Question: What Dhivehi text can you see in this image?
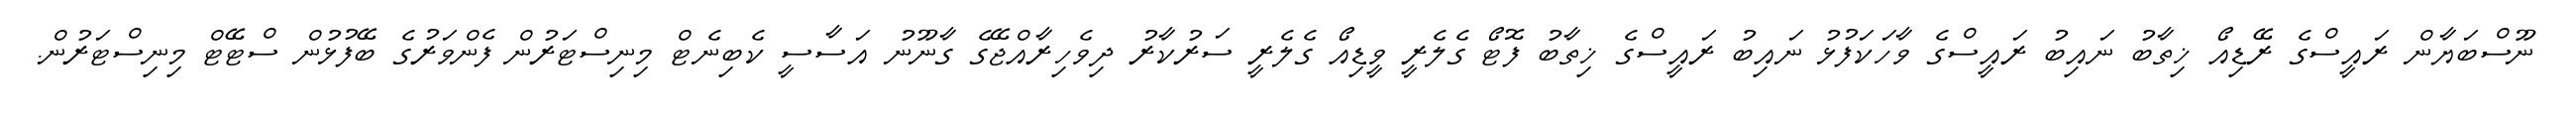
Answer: ނޫސްބަޔާން ރައީސްގެ ރޭޑިއޯ ޚިތާބު ނައިބު ރައީސްގެ ވާހަކަފުޅު ނައިބު ރައީސްގެ ޚިތާބު ފޮޓޯ ގެލެރީ ވީޑިއޯ ގެލެރީ ސަރުކާރު ދިވެހިރާއްޖޭގެ ގާނޫނު އަސާސީ ކެބިނެޓް މިނިސްޓަރުން ފެންވަރުގެ ބޭފުޅުން ސްޓޭޓް މިނިސްޓަރުން.